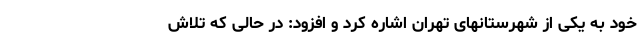
خود به یکی از شهرستانهای تهران اشاره کرد و افزود: در حالی که تلاش